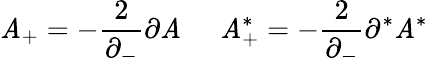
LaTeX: {\cal\mathit{A}}_{+}=-\frac{{2}}{{\partial_{-}}}\partial{\cal\mathit{A}}\; \; \; \; \; {\cal\mathit{A}}_{+}^{*}=-\frac{{2}}{{\partial_{-}}}\partial^{*}{\cal\mathit{A}}^{*}